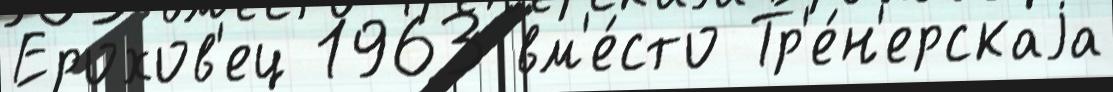
Ерохов'ец 1963 вм'е́сто Тр'е́н'ерскаjа